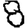
Digit: 8